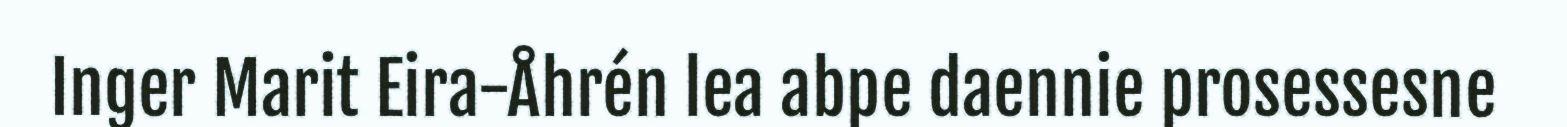
Inger Marit Eira-Åhrén lea abpe daennie prosessesne